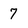
Character: 7